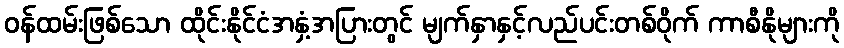
ဝန်ထမ်းဖြစ်သော ထိုင်းနိုင်ငံအနှံ့အပြားတွင် မျက်နှာနှင့်လည်ပင်းတစ်ဝိုက် ကာစီနိုများကို